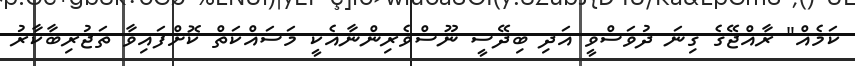
ކަމެއް" ރާއްޖޭގެ ގިނަ ދުވަސްވީ އަދި ބިދޭސީ ނޫސްވެރިންނާއެކީ މަސައްކަތް ކޮށްފައިވާ ތަޖުރިބާކާރު